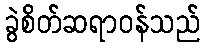
ခွဲစိတ်ဆရာဝန်သည်